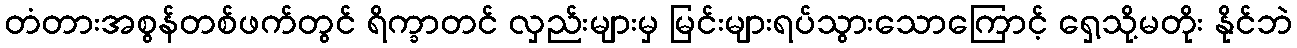
တံတားအစွန်တစ်ဖက်တွင် ရိက္ခာတင် လှည်းများမှ မြင်းများရပ်သွားသောကြောင့် ရှေ့သို့မတိုး နိုင်ဘဲ